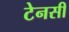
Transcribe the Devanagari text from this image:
टेनसी